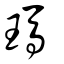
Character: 瑪